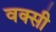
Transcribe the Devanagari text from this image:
वक्सी